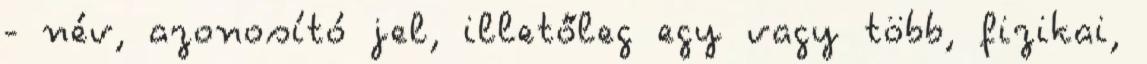
- név, azonosító jel, illetőleg egy vagy több, fizikai,